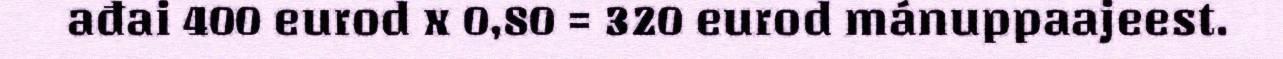
ađai 400 eurod x 0,80 = 320 eurod mánuppaajeest.